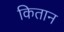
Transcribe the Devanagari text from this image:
कितान